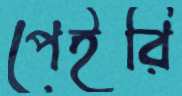
পেইরি